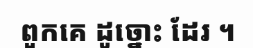
ពួកគេ ដូច្នោះ ដែរ ។